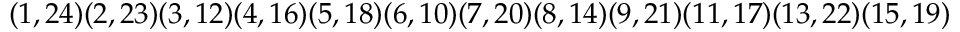
( 1 , 2 4 ) ( 2 , 2 3 ) ( 3 , 1 2 ) ( 4 , 1 6 ) ( 5 , 1 8 ) ( 6 , 1 0 ) ( 7 , 2 0 ) ( 8 , 1 4 ) ( 9 , 2 1 ) ( 1 1 , 1 7 ) ( 1 3 , 2 2 ) ( 1 5 , 1 9 )